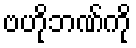
ဗဟိုဘဏ်ကို